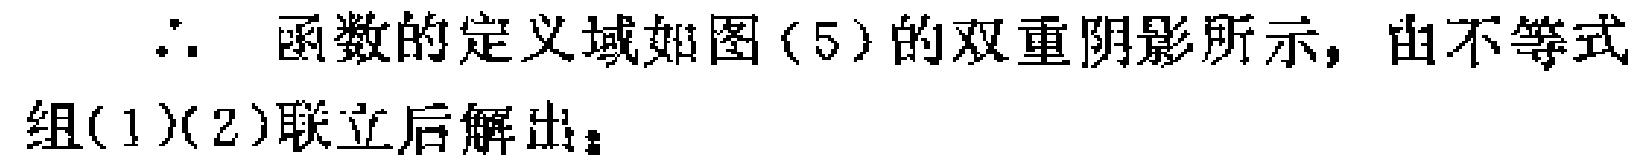
$\therefore$ 函数的定义域如图 (5) 的双重阴影所示, 由不等式组(1)(2)联立后解出。